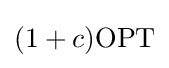
(1+c)\mathrm {OPT}